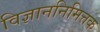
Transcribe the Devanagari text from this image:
विज्ञाननिमित्तक